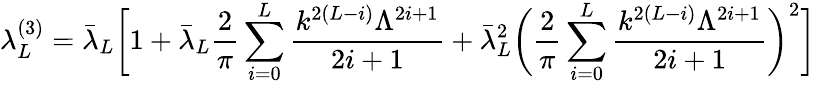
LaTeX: \lambda_{L}^{(3)}=\bar{\lambda}_{L}\biggr[1+\bar{\lambda}_{L}\frac{2}{\pi}\sum_{i=0}^{L}\frac{k^{2(L-i)}\Lambda^{2i+1}}{2i+1}+\bar{\lambda}_{L}^{2}\biggr(\frac{2}{\pi}\sum_{i=0}^{L}\frac{k^{2(L-i)}\Lambda^{2i+1}}{2i+1}\biggr)^{2}\biggr]